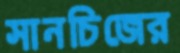
সানচিজের